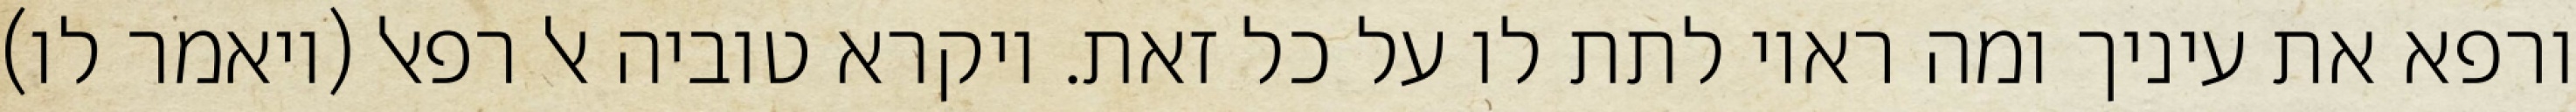
ורפא את עיניך ומה ראוי לתת לו על כל זאת. ויקרא טוביה אל רפאל (ויאמר לו)